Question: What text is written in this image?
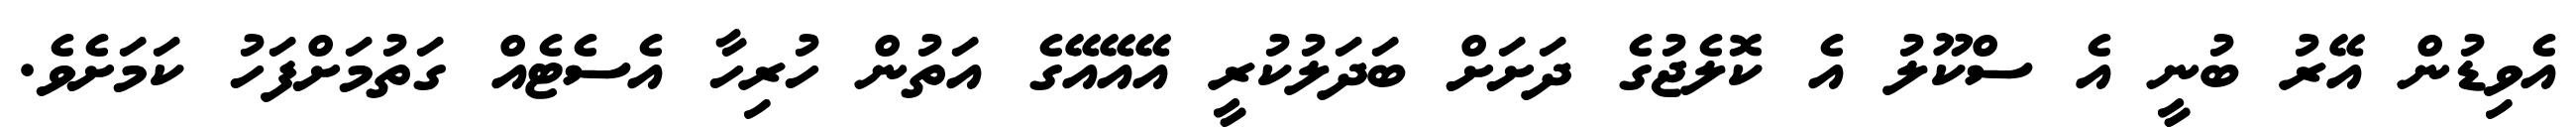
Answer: އެވިޑުން އޭރު ބުނީ އެ ސްކޫލު އެ ކޮލެޖުގެ ދަށަށް ބަދަލުކުރީ އޭއޭއޭގެ އަތުން ހުރިހާ އެސެޓެއް ގަތުމަށްފަހު ކަމަށެވެ.